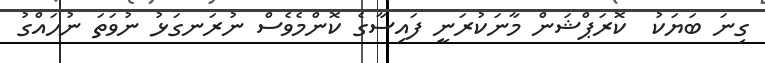
ގިނަ ބަޔަކު  ކޮރަޕްޝަން މާނަކުރަނީ ފައިސާގެ ކޮންމެވެސް ނުރަނގަޅު ނުވަތަ ނުހައްގު